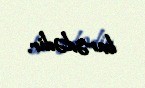
barədədir.